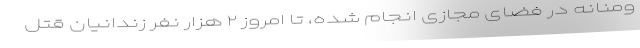
ومنانه در فضای مجازی انجام شده، تا امروز ۲ هزار نفر زندانیان قتل